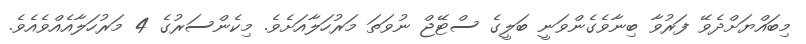
މިބައްޔަށްދެވޭ ފަރުވާ ބިނާވެގެންވަނީ ބަލީގެ ސްޓޭޖް ނުވަތަ މަރުހަލާއަށެވެ. މިކެންސަރުގެ 4 މަރުހަލާއެއްވެއެވެ.